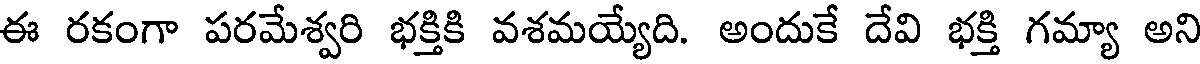
ఈ రకంగా పరమేశ్వరి భక్తికి వశమయ్యేది. అందుకే దేవి భక్తి గమ్యా అని